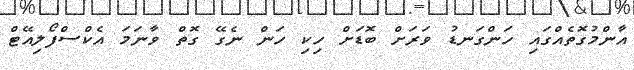
އާންމުގޮތެއްގައި ހަންގަނޑު ވަރަށް ބޮޑަށް ހިކި ހަން ނެގޭ ގޮތް ވާނަމަ އެކްސްފޯލިއޭޓް